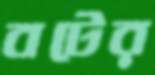
বটের